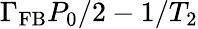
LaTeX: \Gamma_{\mathrm{FB}}P_{0}/2-1/T_{2}